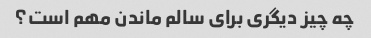
چه چیز دیگری برای سالم ماندن مهم است؟